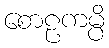
စောဠကမ္ပိ